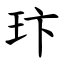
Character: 玣